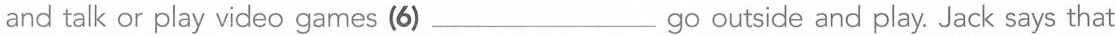
and talk or play video games (6)___go outside and play. Jack says that